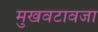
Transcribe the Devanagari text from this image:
मुखवटावजा